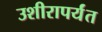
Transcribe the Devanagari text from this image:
उशीरापर्यंत